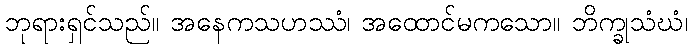
ဘုရားရှင်သည်။ အနေကသဟဿံ၊ အထောင်မကသော။ ဘိက္ခုသံဃံ၊